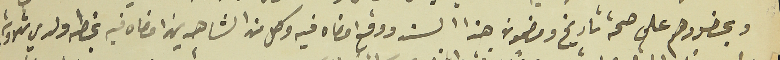
وبحضورهم على صحة تاريخ ومضمون هذا السند ووقع امضاه في وكل من الشاهدين امضاه فيه بخطه ولدي تلاوته